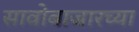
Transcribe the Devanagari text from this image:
सावोबाजारच्या